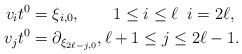
LaTeX: \begin{align*}v_it^0 &= \xi_{i,0}, \qquad1 \leq i \leq \ell \;\; i=2\ell, \\v_{j}t^0 &= \partial_{\xi_{2\ell-j,0}}, \ell+1 \leq j \leq 2\ell-1.\end{align*}